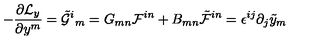
- \frac { \partial { \cal L } _ { y } } { \partial y ^ { m } } = \tilde { \cal G } ^ { i } { } _ { m } = G _ { m n } { \cal F } ^ { i n } + B _ { m n } \tilde { \cal F } ^ { i n } = \epsilon ^ { i j } \partial _ { j } \tilde { y } _ { m }